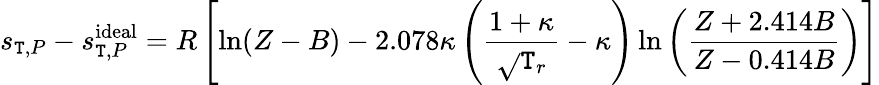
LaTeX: s_{\mathtt{T},P}-s_{\mathtt{T},P}^{\mathrm{{ideal}}}=R\left[\ln(Z-B)-2.078\kappa\left({\frac{{1+\kappa}}{{\sqrt{}{{\mathtt{T}_{r}}}}}}-\kappa\right)\ln\left({\frac{{Z+2.414B}}{{Z-0.414B}}}\right)\right]